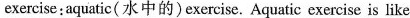
exercise:aquatic(水中的)exercise. Aquatic exercise is like